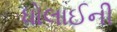
ધોલાઈની